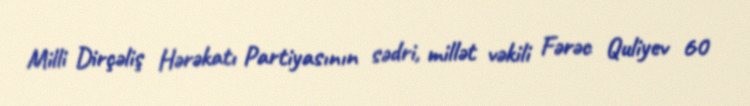
Milli Dirçəliş Hərəkatı Partiyasının sədri, millət vəkili Fərəc Quliyev 60